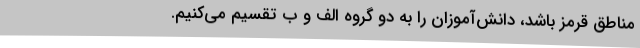
مناطق قرمز باشد، دانش‌آموزان را به دو گروه الف و ب تقسیم می‌کنیم.